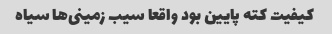
کیفیت کته پایین بود واقعا سیب زمینی‌ها سیاه